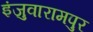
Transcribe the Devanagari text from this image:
इंजुवारामपुर